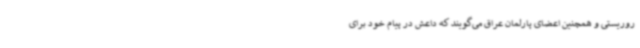
روریستی و همچنین اعضای پارلمان عراق می‌گویند که داعش در پیام خود برای